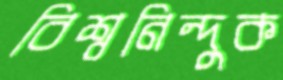
বিশ্বনিন্দুক